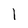
Character: 1